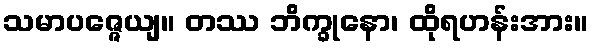
သမာပဇ္ဇေယျ။ တဿ ဘိက္ခုနော၊ ထိုရဟန်းအား။